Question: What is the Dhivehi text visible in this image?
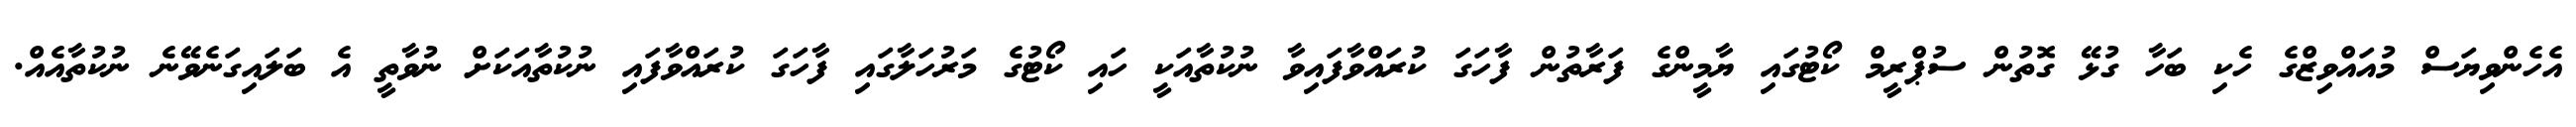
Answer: އެހެންވިޔަސް މުއައްވިޒްގެ ހެކި ބަހާ ގުޅޭ ގޮތުން ސުޕްރީމް ކޯޓުގައި ޔާމީންގެ ފަރާތުން ފާހަގަ ކުރައްވާފައިވާ ނުކުތާއަކީ ހައި ކޯޓުގެ މަރުހަލާގައި ފާހަގަ ކުރައްވާފައި ނުކުތާއަކަށް ނުވާތީ އެ ބަލައިގަނެވޭނެ ނުކުތާއެއް.